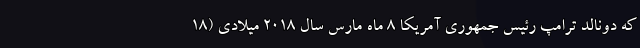
که دونالد ترامپ رئیس جمهوری آمریکا ۸ ماه مارس سال ۲۰۱۸ میلادی (۱۸